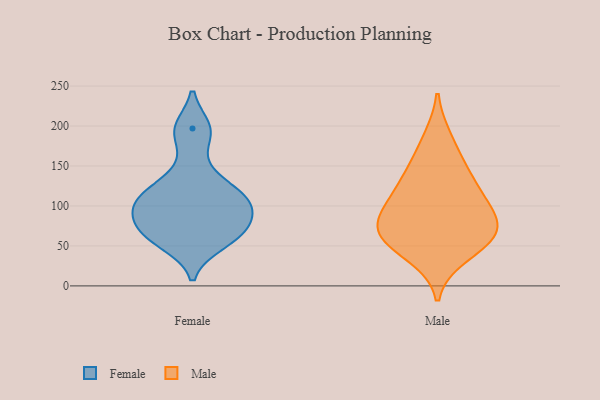
{"axis": {"x": "Budget (USD K)", "y": "Value"}, "legend": ["Female", "Male"], "data": [{"x": "", "y": 104, "type": "Female"}, {"x": "", "y": 53, "type": "Female"}, {"x": "", "y": 113, "type": "Female"}, {"x": "", "y": 59, "type": "Female"}, {"x": "", "y": 197, "type": "Female"}, {"x": "", "y": 109, "type": "Female"}, {"x": "", "y": 192, "type": "Female"}, {"x": "", "y": 113, "type": "Female"}, {"x": "", "y": 72, "type": "Female"}, {"x": "", "y": 80, "type": "Female"}, {"x": "", "y": 94, "type": "Female"}, {"x": "", "y": 142, "type": "Female"}, {"x": "", "y": 69, "type": "Female"}, {"x": "", "y": 99, "type": "Male"}, {"x": "", "y": 151, "type": "Male"}, {"x": "", "y": 99, "type": "Male"}, {"x": "", "y": 184, "type": "Male"}, {"x": "", "y": 59, "type": "Male"}, {"x": "", "y": 73, "type": "Male"}, {"x": "", "y": 38, "type": "Male"}, {"x": "", "y": 134, "type": "Male"}, {"x": "", "y": 66, "type": "Male"}, {"x": "", "y": 56, "type": "Male"}, {"x": "", "y": 77, "type": "Male"}, {"x": "", "y": 119, "type": "Male"}]}